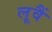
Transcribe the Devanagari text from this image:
लूवैं